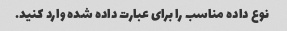
نوع داده مناسب را برای عبارت داده شده وارد کنید.